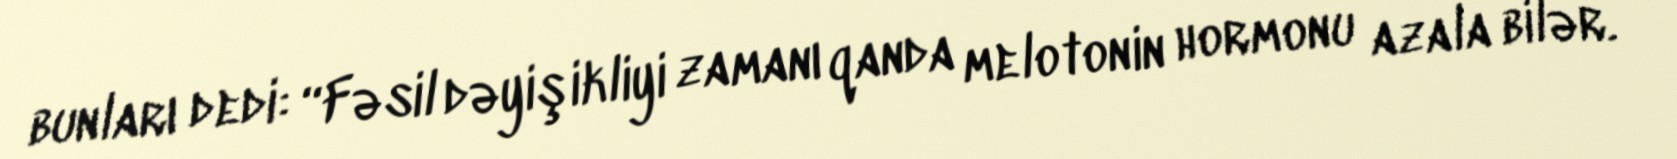
bunları dedi: “Fəsil dəyişikliyi zamanı qanda melotonin hormonu azala bilər.